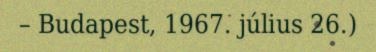
– Budapest, 1967. július 26.)